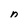
Character: n